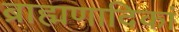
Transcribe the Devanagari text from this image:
ब्राह्मणादिकां